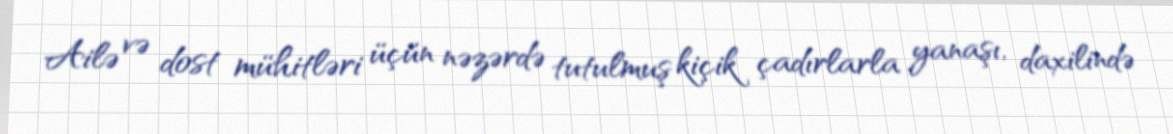
Ailə və dost mühitləri üçün nəzərdə tutulmuş kiçik çadırlarla yanaşı, daxilində